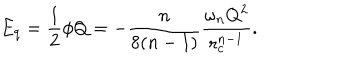
LaTeX: E _ { q } = \frac { 1 } { 2 } \phi Q = - \frac { n } { 8 ( n - 1 ) } \frac { \omega _ { n } Q ^ { 2 } } { r _ { c } ^ { n - 1 } } .